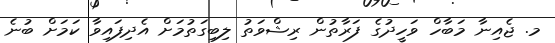
މ. ޖެއިނާ މަބާހް ވަހީދުގެ ފަރާތުން ރިޝްވަތު ލިބިގަތުމަށް އެދިފައިވާ ކަމަށް ބުނެ